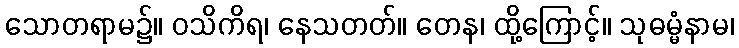
သောတရာမ၌။ ဝသိကိရ၊ နေသတတ်။ တေန၊ ထို့ကြောင့်။ သုဓမ္မံနာမ၊